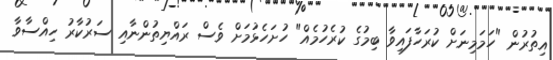
އިތުރުން "ހަމަމިނަށް ކުރަހާފައިވާ ބިމުގެ ކުރެހުމެއް" ހުށަހެޅުމަށް ވެސް ރައްޔިތުންނާއި ސަރުކާރު ހިއްސާވާ